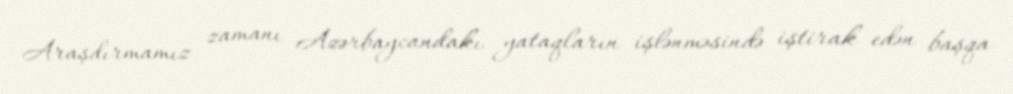
Araşdırmamız zamanı Azərbaycandakı yataqların işlənməsində iştirak edən başqa